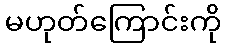
မဟုတ်ကြောင်းကို